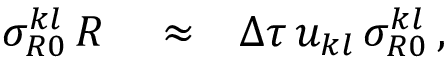
\begin{array} { r l r } { \sigma _ { R 0 } ^ { k l } \, R } & { { } \approx } & { \Delta \tau \, u _ { k l } \, \sigma _ { R 0 } ^ { k l } \, , } \end{array}